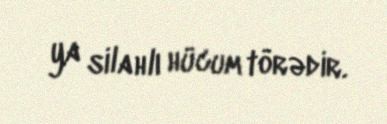
ya silahlı hücum törədir.